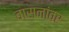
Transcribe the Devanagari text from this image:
वासनांवर